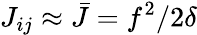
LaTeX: J_{ij}\approx\bar{J}=f^{2}/2\delta